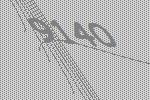
9140